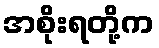
အစိုးရတို့က